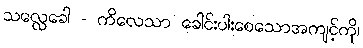
သလ္လေခေါ - ကိလေသာ ခေါင်းပါးစေသောအကျင့်ကို၊